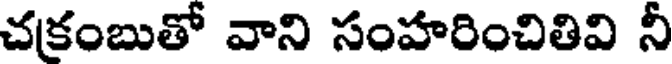
చకంబుతో వాని సంహరించితివి నీ